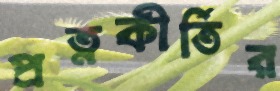
প্রত্নকীর্তির